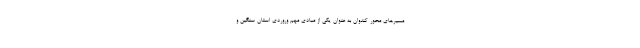
مسیرهای محور کندوان به عنوان یکی از مبادی مهم وروردی استان سنگین و